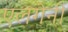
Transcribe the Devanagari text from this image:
एलगेनी